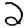
Digit: 2